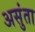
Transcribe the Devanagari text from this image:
असुंता